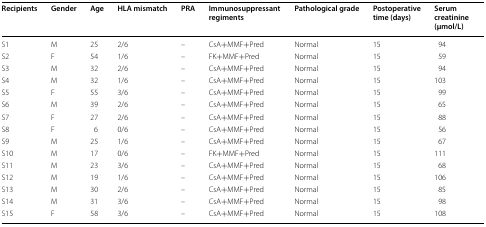
<table><thead><tr><td><b>Recipients</b></td><td><b>Gender</b></td><td><b>Age</b></td><td><b>HLA mismatch</b></td><td><b>PRA</b></td><td><b>Immunosuppressant regiments</b></td><td><b>Pathological grade</b></td><td><b>Postoperative time (days)</b></td><td><b>Serum creatinine (μmol/L)</b></td></tr></thead><tbody><tr><td>S1</td><td>M</td><td>25</td><td>2/6</td><td>–</td><td>CsA+MMF+Pred</td><td>Normal</td><td>15</td><td>94</td></tr><tr><td>S2</td><td>F</td><td>54</td><td>1/6</td><td>–</td><td>FK+MMF+Pred</td><td>Normal</td><td>15</td><td>59</td></tr><tr><td>S3</td><td>M</td><td>32</td><td>2/6</td><td>–</td><td>CsA+MMF+Pred</td><td>Normal</td><td>15</td><td>94</td></tr><tr><td>S4</td><td>M</td><td>32</td><td>1/6</td><td>–</td><td>CsA+MMF+Pred</td><td>Normal</td><td>15</td><td>103</td></tr><tr><td>S5</td><td>F</td><td>55</td><td>3/6</td><td>–</td><td>CsA+MMF+Pred</td><td>Normal</td><td>15</td><td>99</td></tr><tr><td>S6</td><td>M</td><td>39</td><td>2/6</td><td>–</td><td>CsA+MMF+Pred</td><td>Normal</td><td>15</td><td>65</td></tr><tr><td>S7</td><td>F</td><td>27</td><td>2/6</td><td>–</td><td>CsA+MMF+Pred</td><td>Normal</td><td>15</td><td>88</td></tr><tr><td>S8</td><td>F</td><td>6</td><td>0/6</td><td>–</td><td>CsA+MMF+Pred</td><td>Normal</td><td>15</td><td>56</td></tr><tr><td>S9</td><td>M</td><td>25</td><td>1/6</td><td>–</td><td>CsA+MMF+Pred</td><td>Normal</td><td>15</td><td>67</td></tr><tr><td>S10</td><td>M</td><td>17</td><td>0/6</td><td>–</td><td>FK+MMF+Pred</td><td>Normal</td><td>15</td><td>111</td></tr><tr><td>S11</td><td>M</td><td>23</td><td>3/6</td><td>–</td><td>CsA+MMF+Pred</td><td>Normal</td><td>15</td><td>68</td></tr><tr><td>S12</td><td>M</td><td>19</td><td>1/6</td><td>–</td><td>CsA+MMF+Pred</td><td>Normal</td><td>15</td><td>106</td></tr><tr><td>S13</td><td>M</td><td>30</td><td>2/6</td><td>–</td><td>CsA+MMF+Pred</td><td>Normal</td><td>15</td><td>85</td></tr><tr><td>S14</td><td>M</td><td>31</td><td>3/6</td><td>–</td><td>CsA+MMF+Pred</td><td>Normal</td><td>15</td><td>98</td></tr><tr><td>S15</td><td>F</td><td>58</td><td>3/6</td><td>–</td><td>CsA+MMF+Pred</td><td>Normal</td><td>15</td><td>108</td></tr></tbody></table>